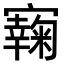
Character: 𡫭